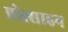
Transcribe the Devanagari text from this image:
प्रोत्साहन